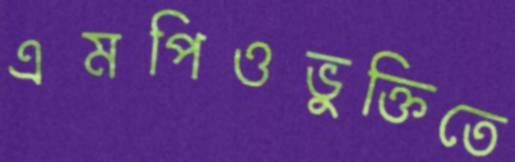
এমপিওভুক্তিতে